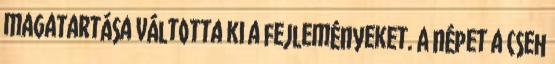
magatartása váltotta ki a fejleményeket. A népet a cseh